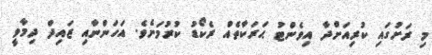
މި ރަށުގައި ކުރިއަށްދާ އިވެންޓު ޙަރަކާތެއް ރެކޯޑު ކުރުމަށެވެ. އަހަންނާއި ޒައިދް ދިމާވީ